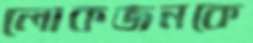
লোকজনকে